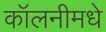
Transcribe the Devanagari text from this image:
कॉलनीमधे